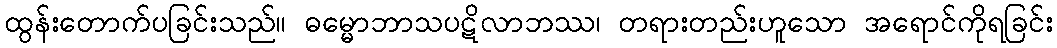
ထွန်းတောက်ပခြင်းသည်။ ဓမ္မောဘာသပဋိလာဘဿ၊ တရားတည်းဟူသော အရောင်ကိုရခြင်း